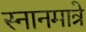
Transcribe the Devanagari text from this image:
स्नानमात्रे